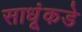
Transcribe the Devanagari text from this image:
साधूंकडे